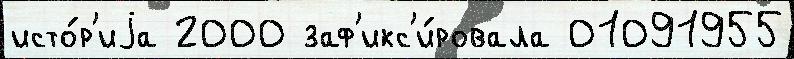
исто́р'иjа 2000 заф'икс'и́ровала 01091955